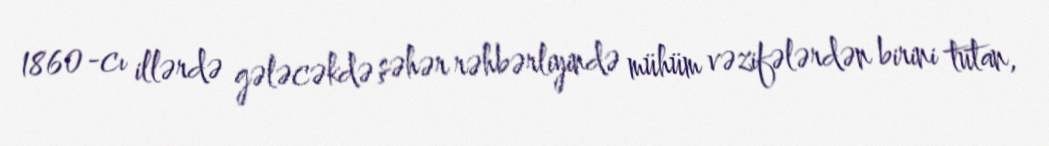
1860-cı illərdə gələcəkdə şəhər rəhbərliyində mühüm vəzifələrdən birini tutan,